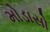
મોડાસો